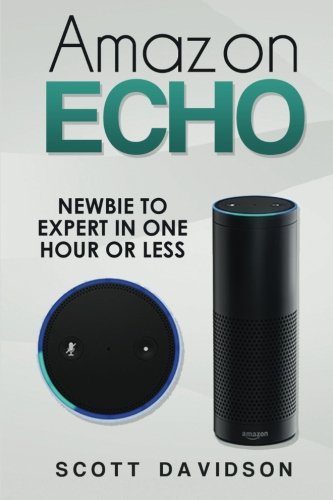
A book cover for Amazon Echo: Amazon Echo User Guide (Technology,Mobile, Communication, kindle, alexa, computer, hardware); Scott Davidson; Computers & Technology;